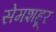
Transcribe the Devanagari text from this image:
सेमशहूर